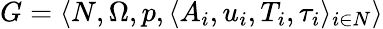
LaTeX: G=\langle N,\Omega,p,\langle A_{i},u_{i},T_{i},\tau_{i}\rangle_{i\in N}\rangle